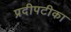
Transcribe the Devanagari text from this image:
प्रदीपटीका